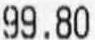
99.80